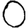
Digit: 0